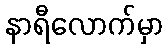
နာရီလောက်မှာ